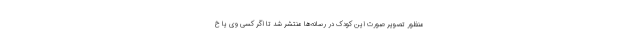
منظور تصویر صورت این کودک در رسانه‌ها منتشر شد تا اگر کسی وی یا خ